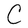
Character: C